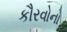
કૌરવોનો